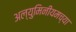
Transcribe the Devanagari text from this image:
अल्युमिनीयमच्या